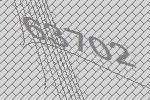
63702